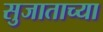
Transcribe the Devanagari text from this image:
सुजाताच्या